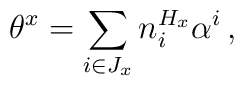
\theta^x = \sum_{i \in J_x} n_i^{H_x} \alpha^i\,,